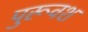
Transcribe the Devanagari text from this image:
पुरूवश